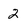
Character: 2